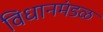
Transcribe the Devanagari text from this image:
विधानमंडळ